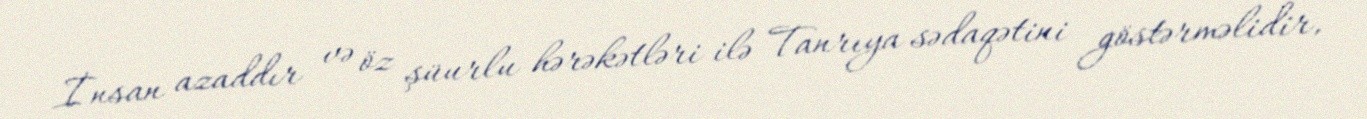
İnsan azaddır və öz şüurlu hərəkətləri ilə Tanrıya sədaqətini göstərməlidir,